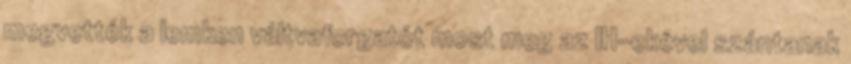
megvették a lemken váltvaforgatót most meg az IH-ekével szántanak